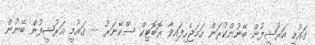
ގައުމީ އަރުޝީފުން ބޭނުންކުރަން ހަމަޖެހިފައިވާ ރޮބޮޓިކް ސްކޭނަރު -- ގައުމީ އަރުޝީފުން ބޭނުން